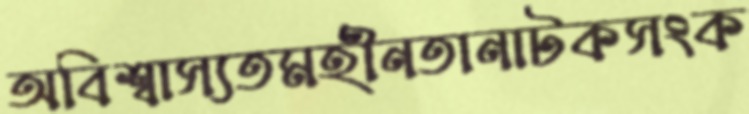
অবিশ্বাস্যতমহীনতানাটকসংক